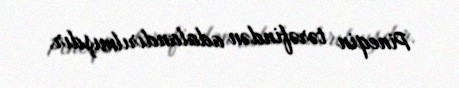
Pineqin tərəfindən adalandırılmışdır.